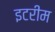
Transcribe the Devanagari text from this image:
इटरीम